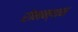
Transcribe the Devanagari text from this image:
रोमन्थन